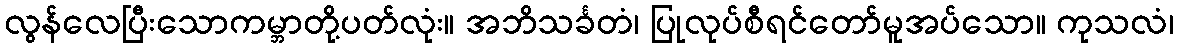
လွန်လေပြီးသောကမ္ဘာတို့ပတ်လုံး။ အဘိသင်္ခတံ၊ ပြုလုပ်စီရင်တော်မူအပ်သော။ ကုသလံ၊